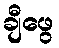
ချီဖွေ